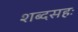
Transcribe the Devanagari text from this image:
शब्दसहः